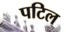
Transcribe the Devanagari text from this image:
पटिल